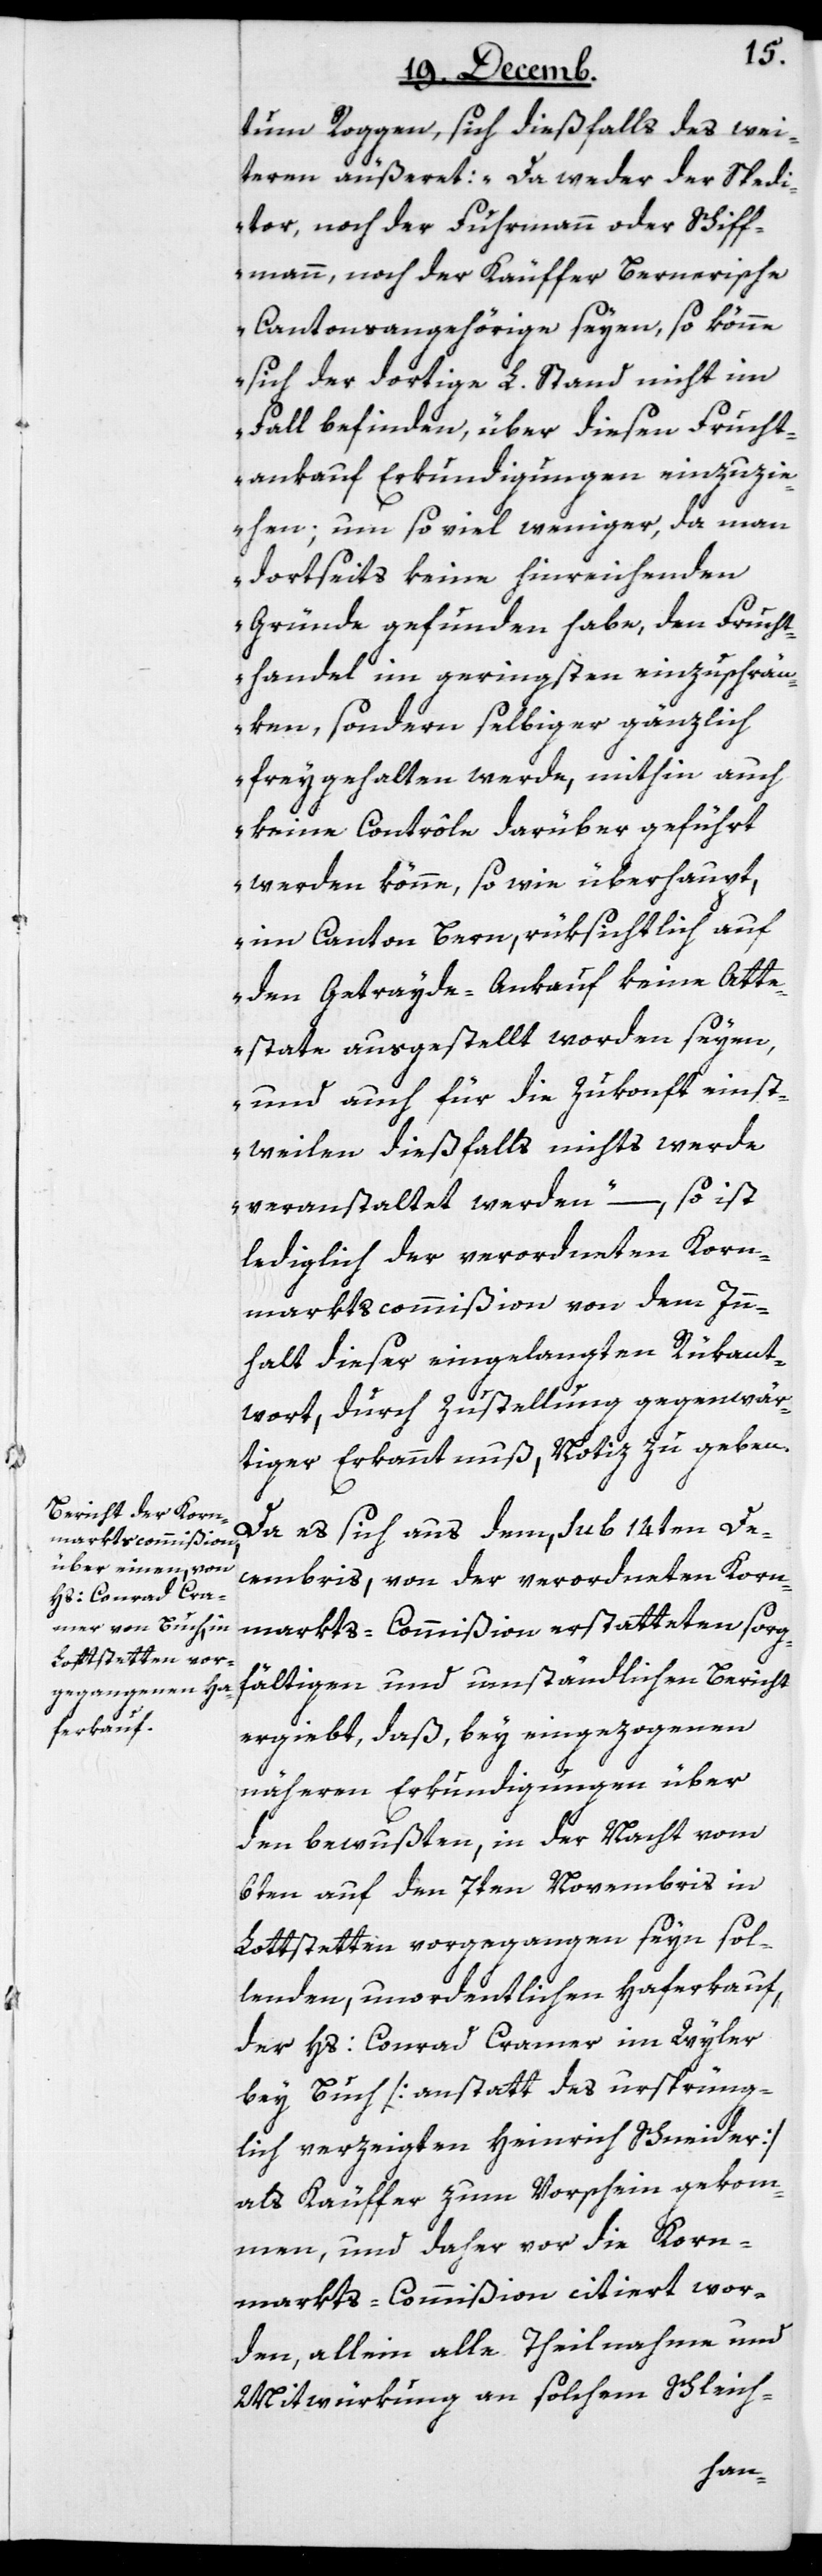
tum Roggen, sich dießfalls des wei¬
teren äußeret: „Da weder der Spedi¬
tor noch der Fuhrmann oder Schiff¬
mann, noch der Käuffer Bernerische
Cantonsangehörige seyen, so könne
sich der dortige L. Stand nicht im
Fall befinden, über diesen Frucht¬
ankauf Erkundigungen einzuzie¬
hen; um so viel weniger, da man
dortseits keine hinreichenden
Gründe gefunden habe, den Frucht¬
handel im geringsten einzuschrän¬
ken, sondern selbiger gänzlich
freygehalten werde, mithin auch
keine Contrôle darüber geführt
werden könne, so wie überhaupt,
im Canton Bern, rücksichtlich auf
den Getrayde-Ankauf keine Att¬
estate ausgestellt worden seyen,
und auch für die Zukonft einst¬
weilen dießfalls nichts werde
veranstaltet werden“ – so ist
lediglich der verordneten Korn¬
marktscommißion von dem Inn¬
halt dieser eingelangten Rükant¬
wort, durch Zustellung gegenwär¬
tiger Erkanntnuß, Notiz zu geben.
Da es sich aus dem, sub 14ten De¬
cembris, von der verordneten Korn¬
markts-Commißion erstatteten sorg¬
fältigen und umständlichen Bericht
ergiebt, daß, bey eingezogenen
näheren Erkundigungen über
den bewußten, in der Nacht vom
6ten auf den 7ten Novembris in
Lottstetten vorgegangen seyn sol¬
lenden, unordentlichen Haferkauf,
der Hs. Conrad Cramer im Wyler
bey Buch [anstatt des ursprüng¬
lich verzeigten Heinrich Schneider]
als Käuffer zum Vorschein gekom¬
men, und daher vor die Korn¬
markts-Commißion citiert wor¬
den, allein alle Theilnahme und
Mitwürkung an solchem Schleich-